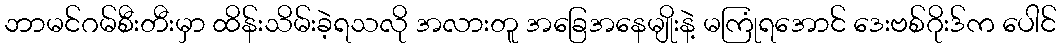
ဘာမင်ဂမ်စီးတီးမှာ ထိန်းသိမ်းခဲ့ရသလို အလားတူ အခြေအနေမျိုးနဲ့ မကြုံရအောင် ဒေးဗစ်ဂိုးဒ်က ပေါင်